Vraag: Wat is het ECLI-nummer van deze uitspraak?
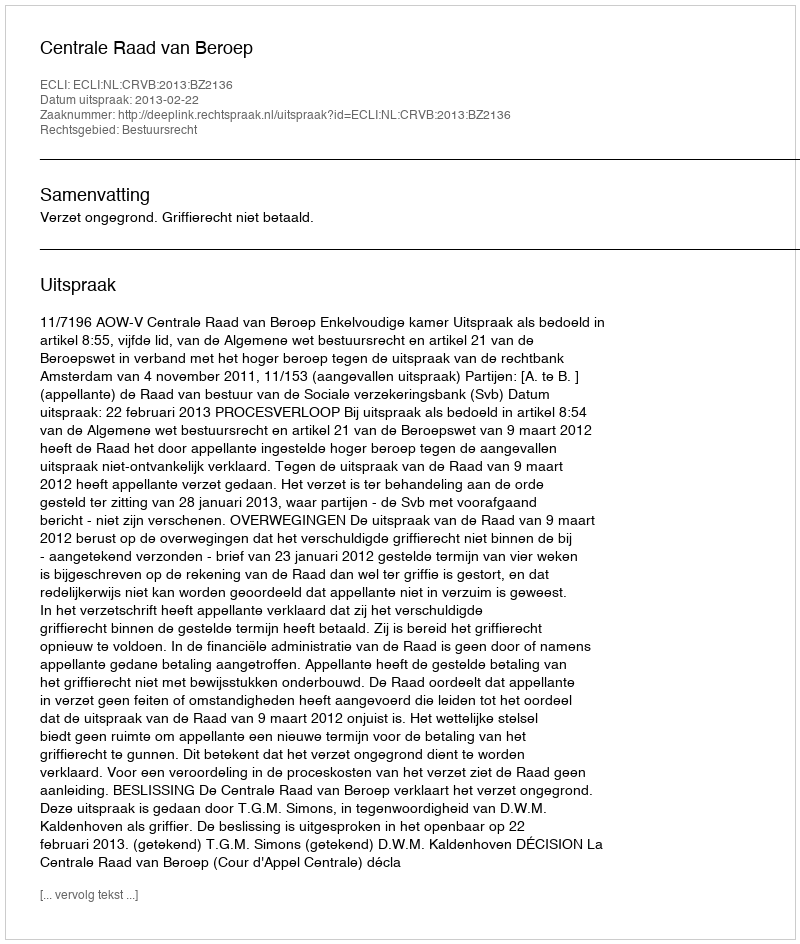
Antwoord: ECLI:NL:CRVB:2013:BZ2136